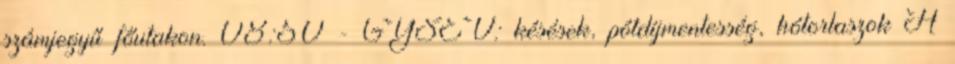
számjegyű főutakon. 08:50 - GYSEV: késések, pótdíjmentesség, hótorlaszok A